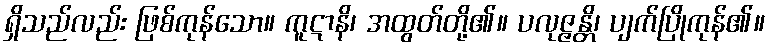
ရှိသည်လည်း ဖြစ်ကုန်သော။ ကူဋာနိ၊ အထွတ်တို့၏။ ပလုဇ္ဇန္တိ၊ ပျက်ပြိုကုန်၏။